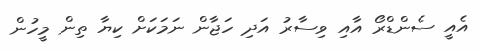
އެއީ ސެންޑްރޯ އާއި ވިސާރު އަދި ހަޖާން ނަމަކަށް ކިޔާ ތިން މީހުން